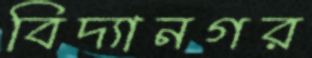
বিদ্যানগর